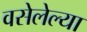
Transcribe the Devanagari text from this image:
वसेलेल्या